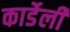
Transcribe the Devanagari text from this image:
कार्डेली